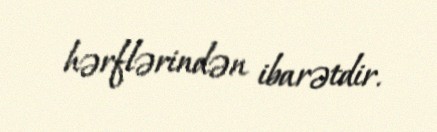
hərflərindən ibarətdir.